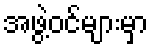
အဖွဲ့ဝင်များမှာ